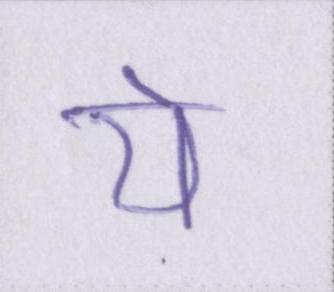
ये